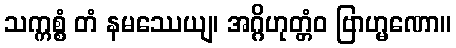
သက္ကစ္စံ တံ နမဿေယျ၊ အဂ္ဂိဟုတ္တံဝ ဗြာဟ္မဏော။